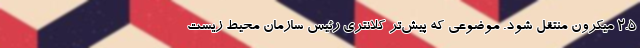
۲.۵ میکرون منتقل شود. موضوعی که پیش‌تر کلانتری رئیس سازمان محیط زیست